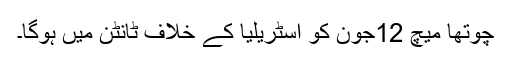
چوتھا میچ 12جون کو آسٹریلیا کے خلاف ٹانٹن میں ہوگا۔